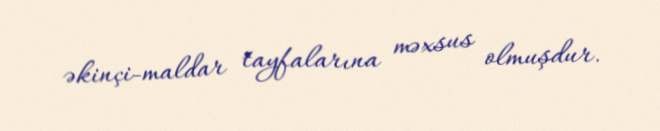
əkinçi-maldar tayfalarına məxsus olmuşdur.